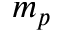
m _ { p }